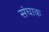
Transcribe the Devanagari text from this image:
संघाक